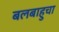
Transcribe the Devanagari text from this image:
बलबाहुचा